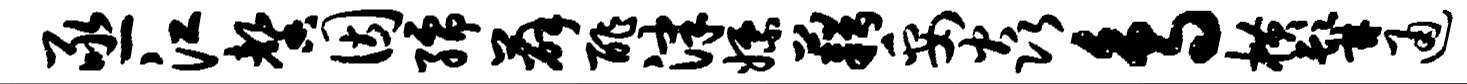
亟江馨因孺薛酢津嫖藉妥焱鸟横髯通